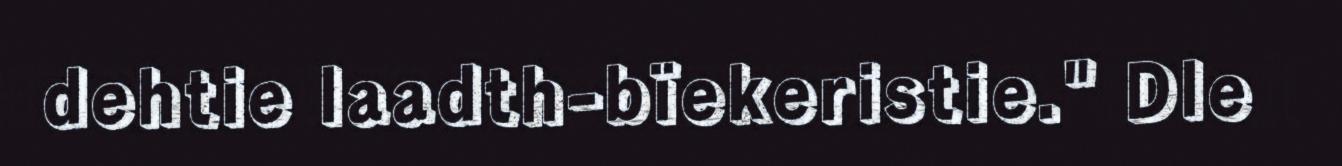
dehtie laadth-bïekeristie." Dle